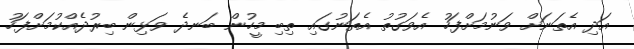
އަދި އެތަނަށް ވަނުމަށްފަހު އެވަގުތު އެތަނުގައި ތިބި މީހުން ބަނދެ ވަޅިން ބިރުދެއްކުމަށްފަހު